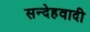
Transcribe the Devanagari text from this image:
सन्देहवादी